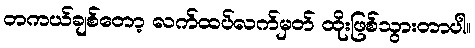
တကယ်ချစ်တော့ လက်ထပ်လက်မှတ် ထိုးဖြစ်သွားတာပါ။